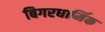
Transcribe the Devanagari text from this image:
बिगरधार्मिक